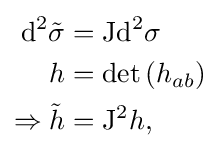
{\begin{aligned}\mathrm {d} ^{2}{\tilde {\sigma }}&=\mathrm {J} \mathrm {d} ^{2}\sigma \\h&=\operatorname {det} \left(h_{ab}\right)\\\Rightarrow {\tilde {h}}&=\mathrm {J} ^{2}h,\end{aligned}}